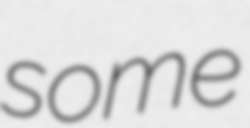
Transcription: some